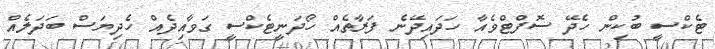
ޓެކްސީ ބުކިން ހެދޭ ސޮފްޓްވެއާ ހަދައިދޭނެ ފަރާތެއް ހޯދަނީޓެކްސީ ގަވާއިދެއް ހެދިޔަސް ބަދަލެއް